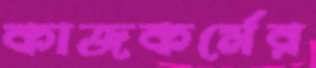
কাজকর্মের